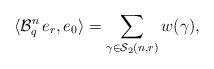
LaTeX: \begin{align*}\langle\mathcal{B}_{q}^{n}\, e_{r}, e_{0}\rangle=\sum_{\gamma\in\mathcal{S}_{2}(n,r)} w(\gamma),\end{align*}